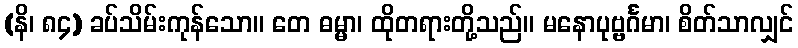
(နိ၊ ၈၄) ခပ်သိမ်းကုန်သော။ တေ ဓမ္မာ၊ ထိုတရားတို့သည်။ မနောပုဗ္ဗင်္ဂမာ၊ စိတ်သာလျှင်